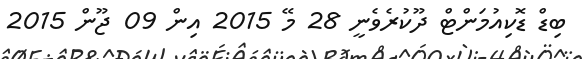
ބިޑް ޑޮކިއުމަންޓް ދޫކުރެވެނީ 28 މޭ 2015 އިން 09 ޖޫން 2015